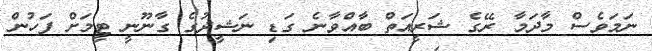
ނަމަވެސް މާދަމާ ރޭގެ ޝަރީއަތް ބާއްވާނެ ގަޑި ނަޝީދުގެ ގާނޫނީ ޓީމަށް ފަހުން